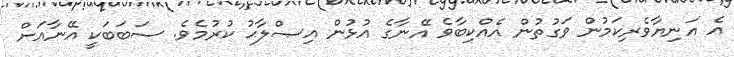
އެ އަނިޔާވެރިކަމުން ވަގުތުން އެއްކިބާވެ އޭނާގެ އުޅުން އިޞްލާޙު ކުރުމެވެ. ސަބަބަކީ އޭނާއަށް